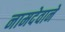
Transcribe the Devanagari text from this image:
नामदेवाने